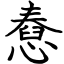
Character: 憃